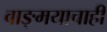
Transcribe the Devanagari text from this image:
वाङ्मयाचाही